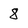
Character: 8